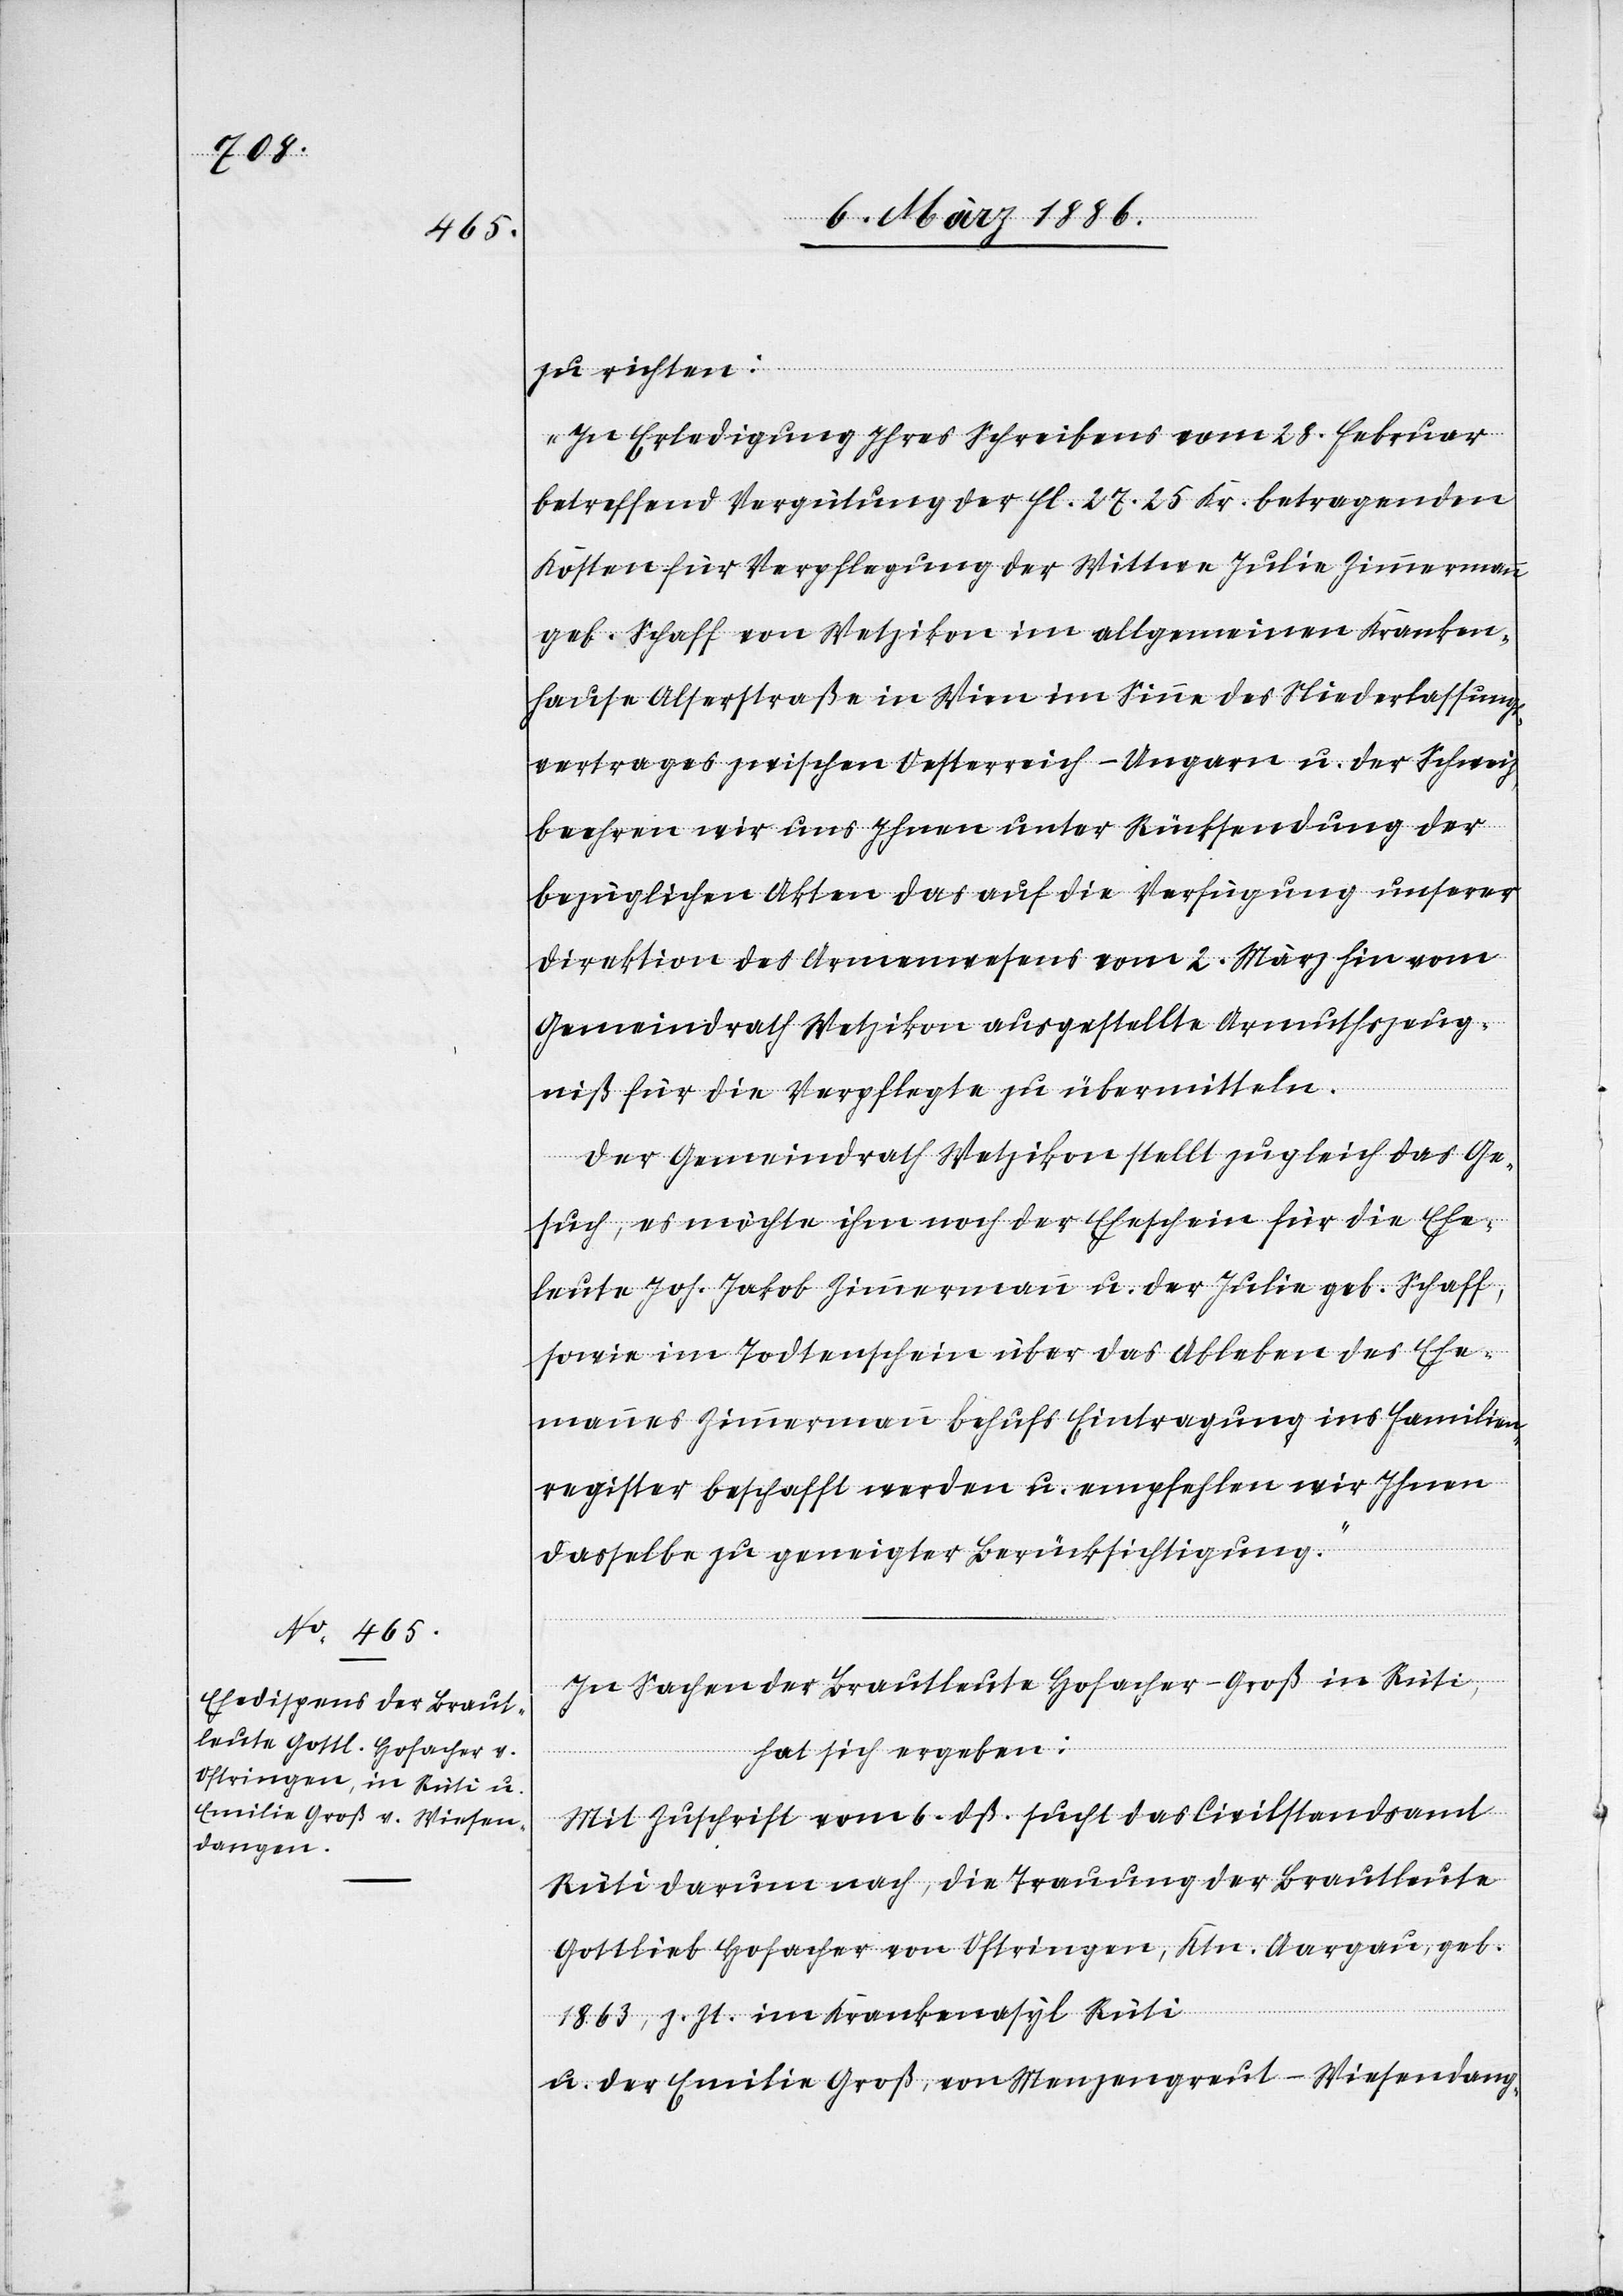
8. März 1886.]
zu richten:
„In Erledigung Ihres Schreibens vom 28. Februar
betreffend Vergütung der Fl. 27.25 Kr. betragenden
Kosten für Verpflegung der Wittwe Julie Zimmermann
geb. Schaff von Wetzikon im allgemeinen Kranken¬
hause Alserstraße in Wien im Sinne des Niederlassungs¬
vertrages zwischen Oesterreich-Ungarn u. der Schweiz,
beehren wir uns Ihnen unter Rücksendung der
bezüglichen Akten das auf die Verfügung unserer
Direktion des Armenwesens vom 2. März hin vom
Gemeindrath Wetzikon ausgestellte Armuthszeug¬
niß für die Verpflegte zu übermitteln.
Der Gemeindrath Wetzikon stellt zugleich das Ge¬
such, es möchte ihm noch der Eheschein für die Ehe¬
leute Joh. Jakob Zimmermann u. der Julie geb. Schaff,
sowie ein Todtenschein über das Ableben des Ehe¬
mannes Zimmermann behufs Eintragung ins Familien¬
register beschafft werden u. empfehlen wir Ihnen
dasselbe zu geneigter Berücksichtigung.“
In Sachen der Brautleute Hofacher-Groß in Rüti,
hat sich ergeben:
Mit Zuschrift vom 6. dß. sucht das Civilstandsamt
Rüti darum nach, die Trauung der Brautleute
Gottlieb Hofacher von Ostringen, Ktn. Aargau, geb.
1863, z. Zt. im Krankenasyl Rüti
u. der Emilie Groß, von Menzengreut - Wiesendang-